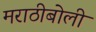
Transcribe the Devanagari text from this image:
मराठीबोली